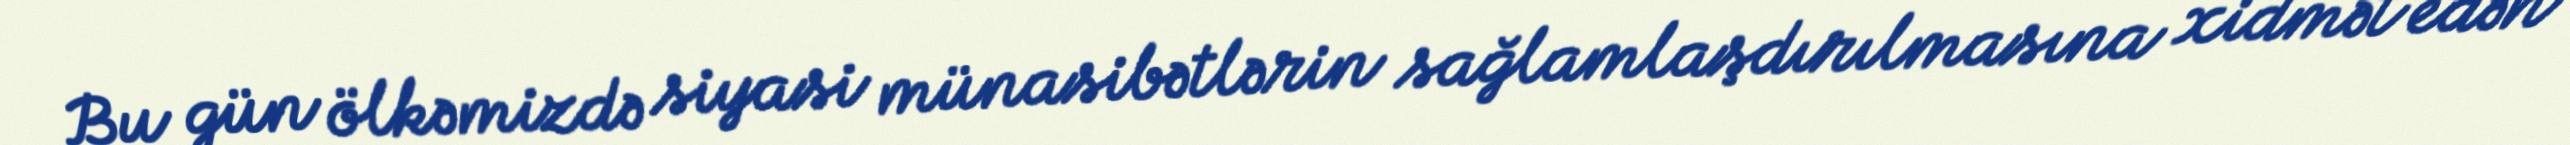
Bu gün ölkəmizdə siyasi münasibətlərin sağlamlaşdırılmasına xidmət edən